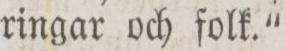
ringar och folk.“